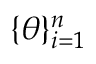
\lbrace \boldsymbol { \theta } \rbrace _ { i = 1 } ^ { n }